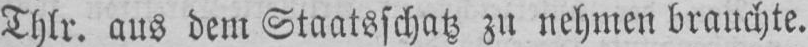
Thlr. aus dem Staatsschatz zu nehmen brauchte.